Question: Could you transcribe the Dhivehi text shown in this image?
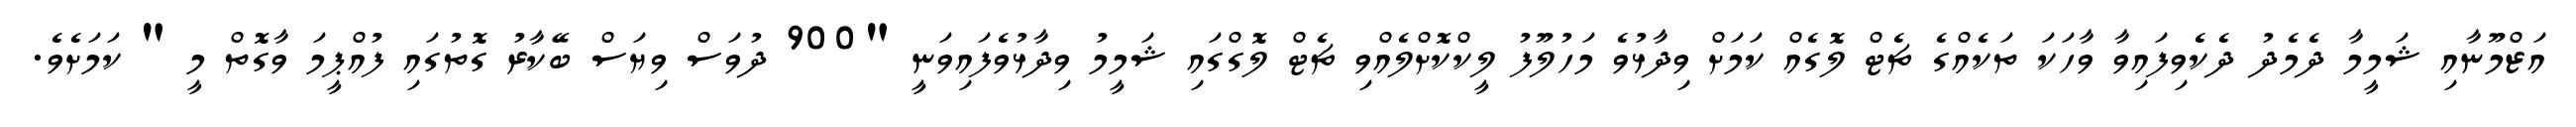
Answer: އަޒްމޫނާއި ޝަމީމާ ދެމެދު ދެކެވިފައިވާ ވާހަކަ ތަކެއްގެ ޗެޓް ލޮގެއް ކަމަށް ވިދާޅުވެ މަހުލޫފު ލީކްކޮށްލެއްވި ޗެޓް ލޮގްގައި ޝަމީމު ވިދާޅުވެފައިވަނީ "900 ދުވަސް ވިޔަސް ބޭކާރު ގޮތުގައި ފުއްޕީމަ ވާގޮތް މީ " ކަމަށެވެ.